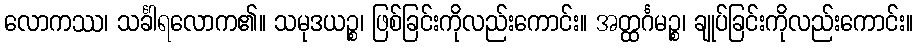
လောကဿ၊ သင်္ခါရလောက၏။ သမုဒယဉ္စ၊ ဖြစ်ခြင်းကိုလည်းကောင်း။ အတ္ထင်္ဂမဉ္စ၊ ချုပ်ခြင်းကိုလည်းကောင်း။